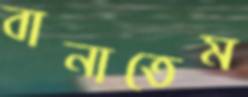
বানাতেম